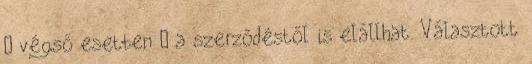
– végső esetben – a szerződéstől is elállhat. Választott